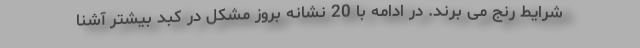
شرایط رنج می برند. در ادامه با 20 نشانه بروز مشکل در کبد بیشتر آشنا